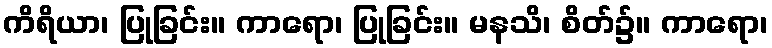
ကိရိယာ၊ ပြုခြင်း။ ကာရော၊ ပြုခြင်း။ မနသိ၊ စိတ်၌။ ကာရော၊